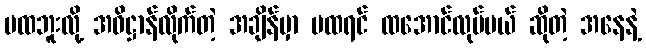
မထဘူးလို့ အဓိဋ္ဌာန်လိုက်တဲ့ အချိန်မှာ မထရင် ထအောင်လုပ်မယ် ဆိုတဲ့ အနေနဲ့